Civil Veterinary Department. Madras. Admin. report 1926-33 - 1926-1933
Year: 1926
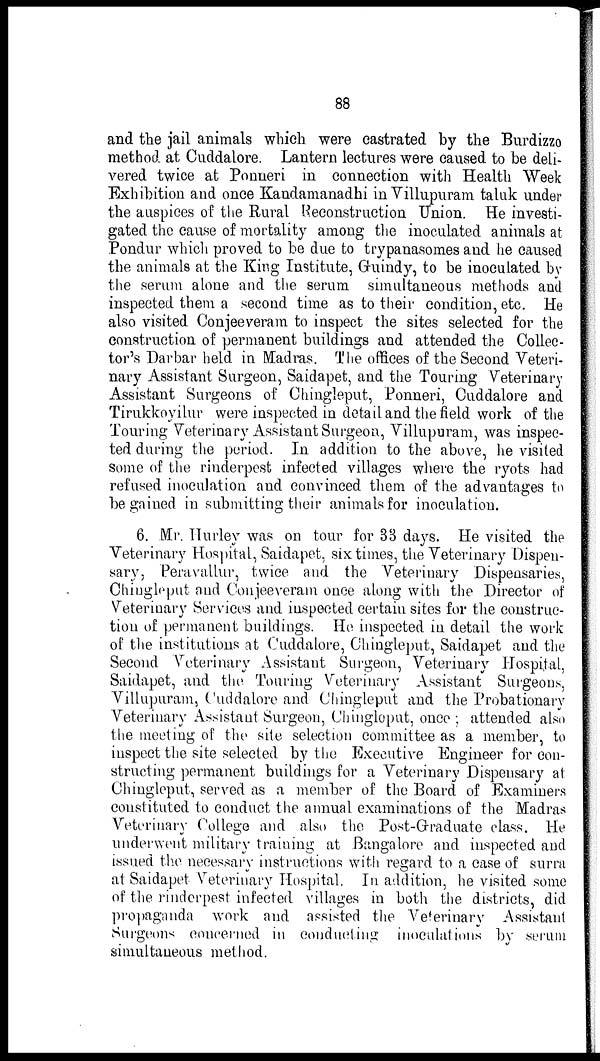
88
and the jail animals which were castrated by the Burdizzo
method at Cuddalore. Lantern lectures were caused to be deli-
vered twice at Ponneri in connection with Health Week
Exhibition and once Kandamanadhi in Villupuram taluk under
the auspices of the Rural Reconstruction Union. He investi-
gated the cause of mortality among the inoculated animals at
Pondur which proved to be due to trypanasomes and he caused
the animals at the King Institute, Guindy, to be inoculated by
the serum alone and the serum simultaneous methods and
inspected them a second time as to their condition, etc. He
also visited Conjeeveram to inspect the sites selected for the
construction of permanent buildings and attended the Collec-
tor's Darbar held in Madras. The offices of the Second Veteri-
nary Assistant Surgeon, Saidapet, and the Touring Veterinary
Assistant Surgeons of Chingleput, Ponneri, Cuddalore and
Tirukkoyilur were inspected in detail and the field work of the
Touring Veterinary Assistant Surgeon, Villupuram, was inspec-
ted during the period. In addition to the above, he visited
some of the rinderpest infected villages where the ryots had
refused inoculation and convinced them of the advantages to
be gained in submitting their animals for inoculation.
6. Mr. Hurley was on tour for 33 days. He visited the
Veterinary Hospital, Saidapet, six times, the Veterinary Dispen-
sary, Peravallur, twice and the Veterinary Dispensaries,
Chingleput and Conjeeveram once along with the Director of
Veterinary Services and inspected certain sites for the construc-
tion of permanent buildings. He inspected in detail the work
of the institutions at Cuddalore, Chingleput, Saidapet and the
Second Veterinary Assistant Surgeon, Veterinary Hospital,
Saidapet, and the Touring Veterinary Assistant Surgeons,
Villupuram, Cuddalore and Chingleput and the Probationary
Veterinary Assistant Surgeon, Chingloput, once ; attended also
the meeting of the site selection committee as a member, to
inspect the site selected by the Executive Engineer for con-
structing permanent buildings for a Veterinary Dispensary at
Chingleput, served as a member of the Board of Examiners
constituted to conduct the annual examinations of the Madras
Veterinary College and also the Post-Graduate class. He
underwent military training at Bangalore and inspected and
issued the necessary instructions with regard to a case of surra
at Saidapet Veterinary Hospital. In addition, he visited some
of the rinderpest infected villages in both the districts, did
propaganda work and assisted the Veterinary Assistant
Surgeons concerned in conducting inoculations by serum
simultaneous method.